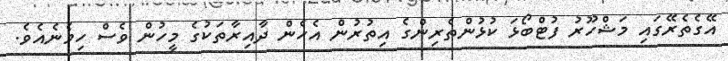
އޭގެތެރޭގައި މަޝްހޫރު ފުޓްބޯޅަ ކުޅުންތެރިންގެ އިތުރުން އެހެން ދާއިރާތަކުގެ މީހުން ވެސް ހިމެނެއެވެ.